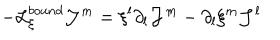
LaTeX: - { \cal L } _ { \xi } ^ { b o u n d } { \cal J } ^ { m } = \xi ^ { l } \partial _ { l } { \cal J } ^ { m } - \partial _ { l } \xi ^ { m } { \cal J } ^ { l }